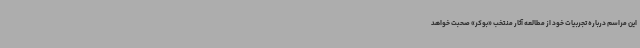
این مراسم درباره تجربیات خود از مطالعه آثار منتخب «بوکر» صحبت خواهد